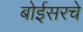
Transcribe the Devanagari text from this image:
बोईसरचे